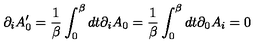
\partial _ { i } A _ { 0 } ^ { \prime } = { \frac { 1 } { \beta } } \int _ { 0 } ^ { \beta } d t \partial _ { i } A _ { 0 } = { \frac { 1 } { \beta } } \int _ { 0 } ^ { \beta } d t \partial _ { 0 } A _ { i } = 0